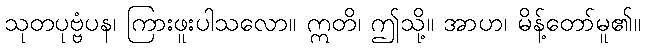
သုတပုဗ္ဗံပန၊ ကြားဖူးပါသလော။ ဣတိ၊ ဤသို့။ အာဟ၊ မိန့်တော်မူ၏။